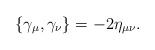
LaTeX: \begin{align*}\{\gamma _\mu ,\gamma _\nu \}=-2\eta _{\mu \nu }. \end{align*}